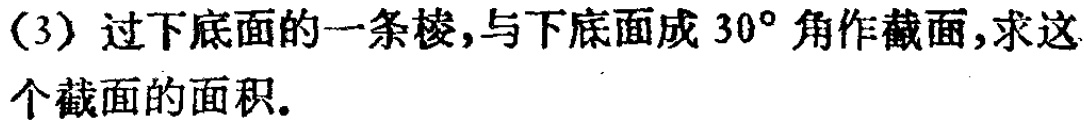
(3) 过下底面的一条棱，与下底面成 \(30^{\circ}\) 角作截面，求这个截面的面积。